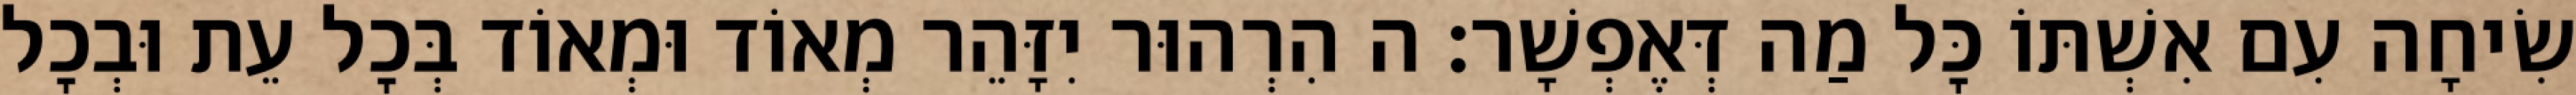
שִׂיחָה עִם אִשְׁתּוֹ כׇּל מַה דְּאֶפְשָׁר: ה הִרְהוּר יִזָּהֵר מְאוֹד וּמְאוֹד בְּכׇל עֵת וּבְכׇל